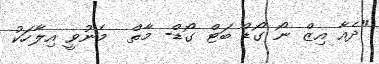
"ދެއާ އިޒް ނޯ ގޯޑް ބަޓް ގޯޑް- މާތް  މެނުވީ އިލާހަކު